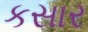
કસાર